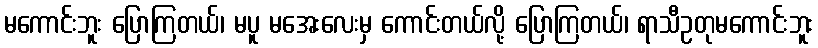
မကောင်းဘူး ပြောကြတယ်၊ မပူ မအေးလေးမှ ကောင်းတယ်လို့ ပြောကြတယ်၊ ရာသီဥတုမကောင်းဘူး